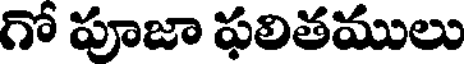
గో పూజా ఫలితములు